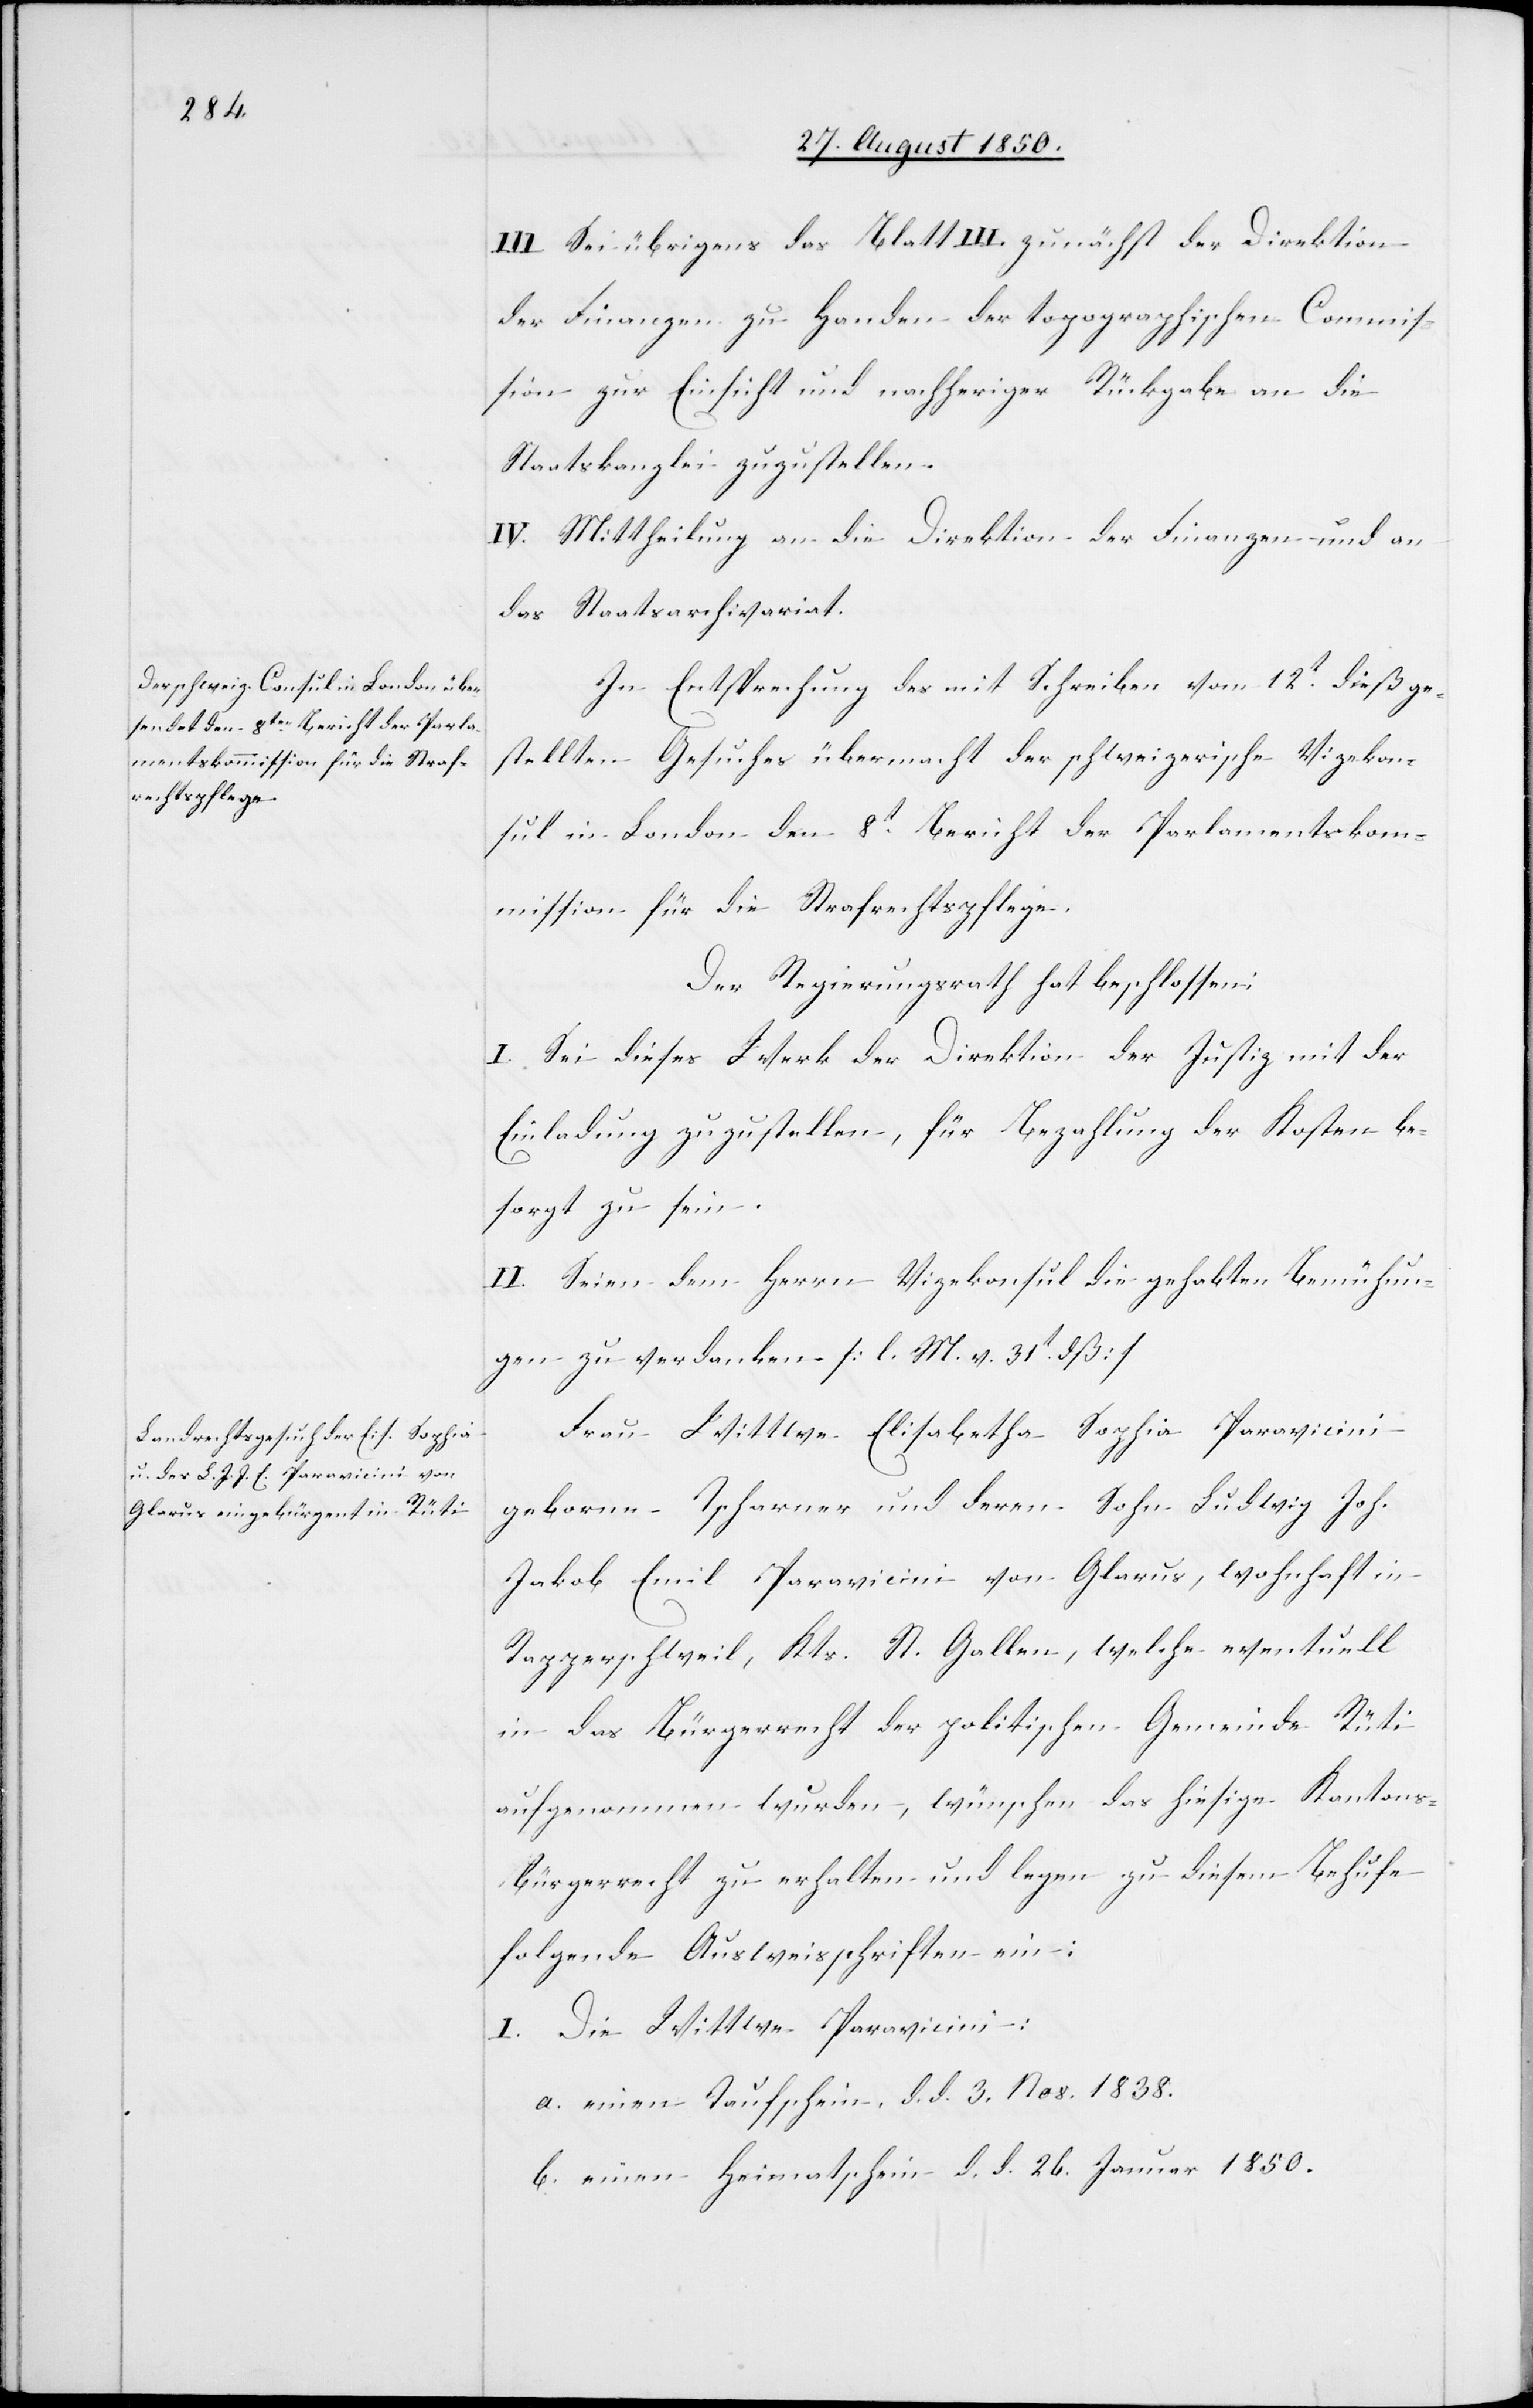
III. Sei übrigens das Blatt III. zunächst der Direktion
der Finanzen zu Handen der topographischen Commis¬
sion zur Einsicht und nachheriger Rückgabe an die
Staatskanzlei zuzustellen.
IV. Mittheilung an die Direktion der Finanzen und an
das Staatsarchivariat.
In Entsprechung des mit Schreiben vom 12t dieß ge¬
stellten Gesuches übermacht der schweizerische Vizekon¬
sul in London den 8t Bericht der Parlamentskom¬
mission für die Strafrechtspflege.
Der Regierungsrath hat beschlossen:
I. Sei dieses Werk der Direktion der Justiz mit der
Einladung zuzustellen, für Bezahlung der Kosten be¬
sorgt zu sein.
II. Seien dem Herrn Vizekonsul die gehabten Bemühun¬
gen zu verdanken. [l. M. v. 31t dß.]
Frau Wittwe Elisabetha Sophia Paravicini
geborne Tscharner und deren Sohn Ludwig Joh.
Jakob Emil Paravicini von Glarus, wohnhaft in
Rapperschweil, Kts. St. Gallen, welche eventuell
in das Bürgerrecht der politischen Gemeinde Rüti
aufgenommen wurden, wünschen das hiesige Kantons¬
bürgerrecht zu erhalten und legen zu diesem Behufe
folgende Ausweisschriften ein:
I. Die Wittwe Paravicini:
a. einen Taufschein, d. d. 3.Nov. 1838.
b. einen Heimatschein d. d. 26. Januar 1850.